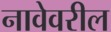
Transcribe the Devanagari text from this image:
नावेवरील